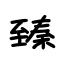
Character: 臻